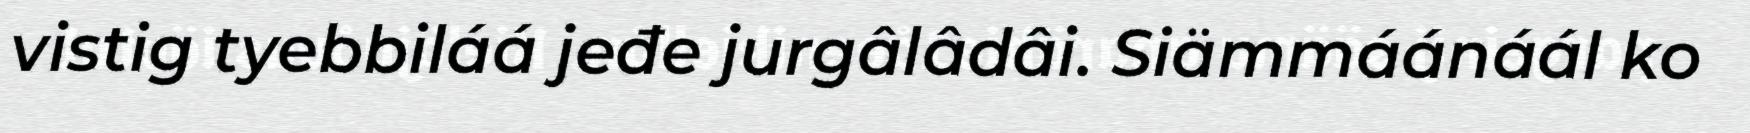
vistig tyebbiláá jeđe jurgâlâdâi. Siämmáánáál ko